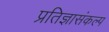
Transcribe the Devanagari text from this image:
प्रतिज्ञासंकल्प